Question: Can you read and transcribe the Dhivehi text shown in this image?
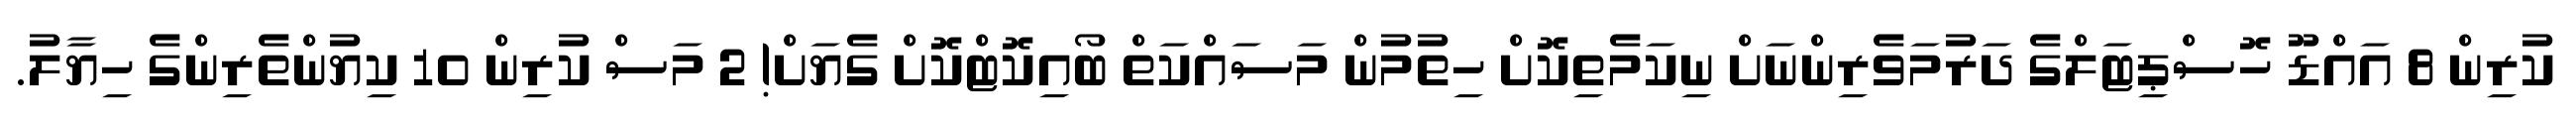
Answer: ކުރިން 8 އައްޑޫ ހޮސްޕިޓަލްގެ ދަރުމަވެރިންނަށް ނިކަމެތިކޮށް ހިތުމުން މަސައްކަތް ބޯއިކޮޓްކޮށް ގެޔަށް! 2 މަސް ކުރިން 10 ކިޔުންތެރިންގެ ހިޔާލު.